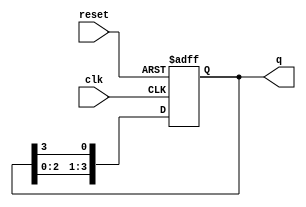
module bistable_ring_counter #(
    parameter N = 4  // Number of flip-flops
)(
    input wire clk,      // Clock input
    input wire reset,    // Asynchronous reset input
    output reg [N-1:0] q // Output state of the flip-flops
);

// Internal signal to hold the next state
reg [N-1:0] next_q;

// Always block for state transition
always @(posedge clk or posedge reset) begin
    if (reset) begin
        // Asynchronous reset: set the first flip-flop high, others low
        q <= 1'b1 << (N-1); // Set the last flip-flop to '1'
    end else begin
        // Shift the '1' to the next flip-flop in the ring
        q <= {q[N-2:0], q[N-1]}; // Shift left and wrap around
    end
end

endmodule